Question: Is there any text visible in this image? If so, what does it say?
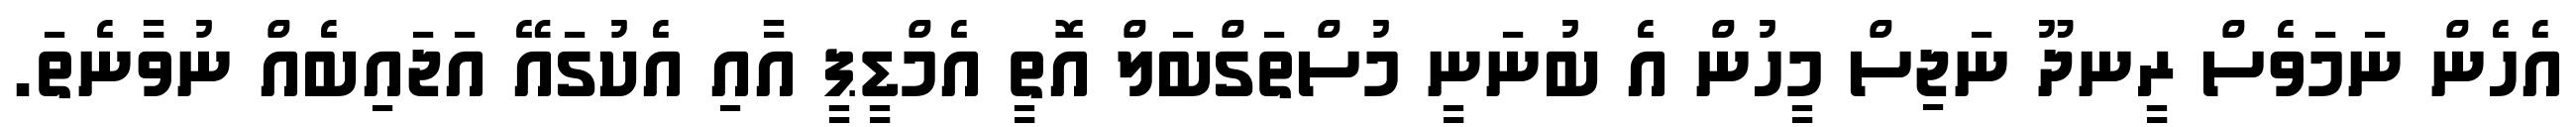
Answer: އެހެން ނަމަވެސް ރީނދޫ ނަޖިސް މީހުން އެ ބުނަނީ މުސްތަގްބަލް އޮތީ އެމްޑީޕީ އާއި އެކުގައޭ އަޖައިބެއް ނުވާނެތަ.